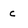
Character: c